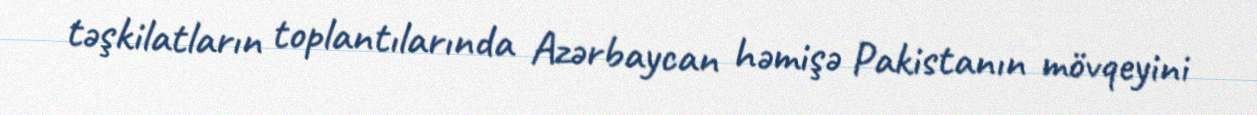
təşkilatların toplantılarında Azərbaycan həmişə Pakistanın mövqeyini